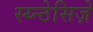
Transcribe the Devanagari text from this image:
स्य्न्ठेसिज़े